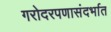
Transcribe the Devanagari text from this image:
गरोदरपणासंदर्भात